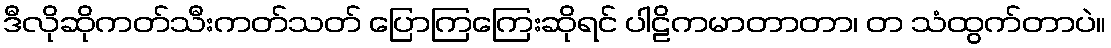
ဒီလိုဆိုကတ်သီးကတ်သတ် ပြောကြကြေးဆိုရင် ပါဠိကမာတာတာ၊ တ သံထွက်တာပဲ။